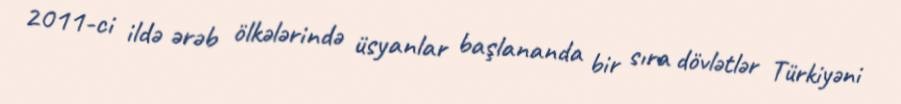
2011-ci ildə ərəb ölkələrində üsyanlar başlananda bir sıra dövlətlər Türkiyəni